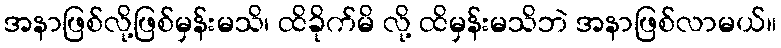
အနာဖြစ်လို့ဖြစ်မှန်းမသိ၊ ထိခိုက်မိ လို့ ထိမှန်းမသိဘဲ အနာဖြစ်လာမယ်။